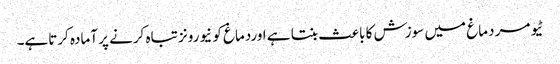
ٹیومر دماغ میں سوزش کا باعث بنتا ہے اوردماغ کو نیورونز تباہ کرنے پر آمادہ کرتاہے۔